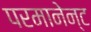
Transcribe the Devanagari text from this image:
परमानेन्ट